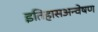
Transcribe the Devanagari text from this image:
इतिहासअन्वेषण